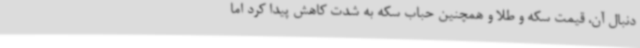
دنبال آن، قیمت سکه و طلا و همچنین حباب سکه به شدت کاهش پیدا کرد اما